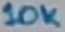
Text: 10K